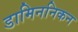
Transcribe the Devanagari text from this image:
डामिननिकन